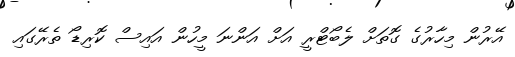
އޭރުން މިހާރުގެ ގޮތަށް ލެބޯޓްރީ އަށް އަންނަ މީހުން އައިސް ކޮރިޑޯ ތެރޭގައި